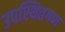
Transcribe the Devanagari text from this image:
उपस्थितगण